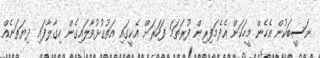
ނަސީބަކުން އެހެން މީހަކަށް އެދެމަފިރިން ފުރަތަމަ ފަހަރަށް އެކީގައި އަތުގުޅުވާލައިގެން ހިގާލާފައި ދިޔަތަނެއް